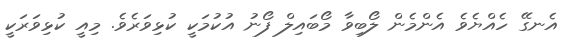
އެނގޭ ހެއްޔެވެ އެންމެން ލޯބިވާ މޯބައިލް ފޯނު އުކުމަކީ ކުޅިވަރެވެ. މިއީ ކުޅިވަރަކީ